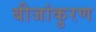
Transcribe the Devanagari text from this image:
बीजांकुरण